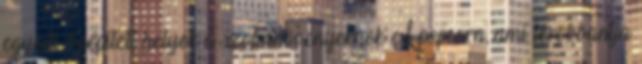
egyedi, beépített helyek a szobanövényeknek A popcorn, ami lerobbantja